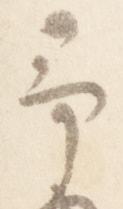
予